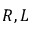
R , L